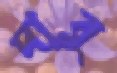
দাবু